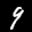
Label: 9